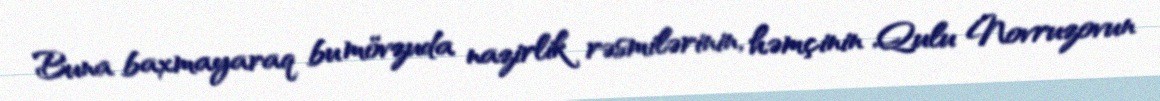
Buna baxmayaraq bu mövzuda nazirlik rəsmilərinin, həmçinin Qulu Novruzovun